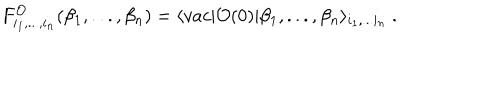
F _ { i _ { 1 } , . . . , i _ { n } } ^ { \cal O } ( \beta _ { 1 } , . . . , \beta _ { n } ) = \langle v a c \vert { \cal O } ( 0 ) \vert \beta _ { 1 } , . . . , \beta _ { n } \rangle _ { i _ { 1 } , . . . i _ { n } } \ .